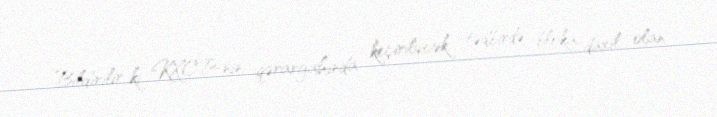
Bildirilir ki, KXCP-nin qərargahında keçiriləcək tədbirdə bloka daxil olan